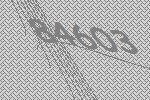
84603